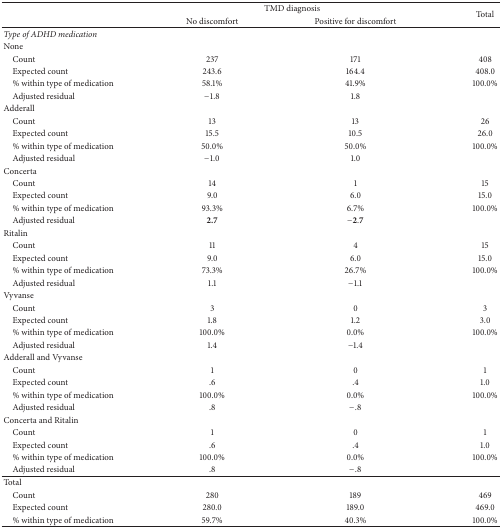
<table><thead><tr><td rowspan="2"><b> </b></td><td colspan="2"><b>TMD diagnosis</b></td><td rowspan="2"><b>Total</b></td></tr><tr><td><b>No discomfort</b></td><td><b>Positive for discomfort</b></td></tr></thead><tbody><tr><td><i>Type of ADHD medication</i></td><td> </td><td> </td><td> </td></tr><tr><td>None</td><td> </td><td> </td><td> </td></tr><tr><td> Count</td><td>237</td><td>171</td><td>408</td></tr><tr><td> Expected count</td><td>243.6</td><td>164.4</td><td>408.0</td></tr><tr><td> % within type of medication</td><td>58.1%</td><td>41.9%</td><td>100.0%</td></tr><tr><td> Adjusted residual</td><td>−1.8</td><td>1.8</td><td> </td></tr><tr><td>Adderall</td><td> </td><td> </td><td> </td></tr><tr><td> Count</td><td>13</td><td>13</td><td>26</td></tr><tr><td> Expected count</td><td>15.5</td><td>10.5</td><td>26.0</td></tr><tr><td> % within type of medication</td><td>50.0%</td><td>50.0%</td><td>100.0%</td></tr><tr><td> Adjusted residual</td><td>−1.0</td><td>1.0</td><td> </td></tr><tr><td>Concerta</td><td> </td><td> </td><td> </td></tr><tr><td> Count</td><td>14</td><td>1</td><td>15</td></tr><tr><td> Expected count</td><td>9.0</td><td>6.0</td><td>15.0</td></tr><tr><td> % within type of medication</td><td>93.3%</td><td>6.7%</td><td>100.0%</td></tr><tr><td> Adjusted residual</td><td><b>2.7</b></td><td>−2.7</td><td> </td></tr><tr><td>Ritalin</td><td> </td><td> </td><td> </td></tr><tr><td> Count</td><td>11</td><td>4</td><td>15</td></tr><tr><td> Expected count</td><td>9.0</td><td>6.0</td><td>15.0</td></tr><tr><td> % within type of medication</td><td>73.3%</td><td>26.7%</td><td>100.0%</td></tr><tr><td> Adjusted residual</td><td>1.1</td><td>−1.1</td><td> </td></tr><tr><td>Vyvanse</td><td> </td><td> </td><td> </td></tr><tr><td> Count</td><td>3</td><td>0</td><td>3</td></tr><tr><td> Expected count</td><td>1.8</td><td>1.2</td><td>3.0</td></tr><tr><td> % within type of medication</td><td>100.0%</td><td>0.0%</td><td>100.0%</td></tr><tr><td> Adjusted residual</td><td>1.4</td><td>−1.4</td><td> </td></tr><tr><td>Adderall and Vyvanse</td><td> </td><td> </td><td> </td></tr><tr><td> Count</td><td>1</td><td>0</td><td>1</td></tr><tr><td> Expected count</td><td>.6</td><td>.4</td><td>1.0</td></tr><tr><td> % within type of medication</td><td>100.0%</td><td>0.0%</td><td>100.0%</td></tr><tr><td> Adjusted residual</td><td>.8</td><td>−.8</td><td> </td></tr><tr><td>Concerta and Ritalin</td><td> </td><td> </td><td> </td></tr><tr><td> Count</td><td>1</td><td>0</td><td>1</td></tr><tr><td> Expected count</td><td>.6</td><td>.4</td><td>1.0</td></tr><tr><td> % within type of medication</td><td>100.0%</td><td>0.0%</td><td>100.0%</td></tr><tr><td> Adjusted residual</td><td>.8</td><td>−.8</td><td> </td></tr><tr><td>Total</td><td> </td><td> </td><td> </td></tr><tr><td> Count</td><td>280</td><td>189</td><td>469</td></tr><tr><td> Expected count</td><td>280.0</td><td>189.0</td><td>469.0</td></tr><tr><td> % within type of medication</td><td>59.7%</td><td>40.3%</td><td>100.0%</td></tr></tbody></table>